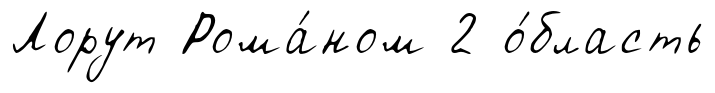
Лорут Рома́ном 2 о́бласть